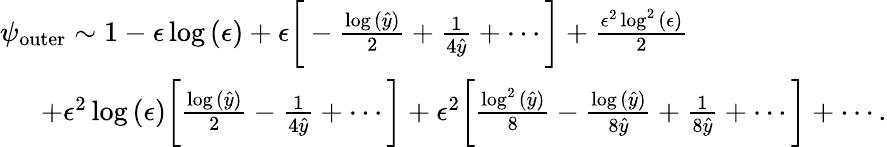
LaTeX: \begin{array}{r}{\psi_{\mathrm{outer}}\sim 1-\epsilon\log{(\epsilon)}+\epsilon\bigg[-\frac{\log{(\hat{y})}}{2}+\frac{1}{4\hat{y}}+\cdots\bigg]+\frac{\epsilon^{2}\log^{2}{(\epsilon)}}{2}\qquad\qquad\qquad\quad}\\ {+\epsilon^{2}\log{(\epsilon)}\bigg[\frac{\log{(\hat{y})}}{2}-\frac{1}{4\hat{y}}+\cdots\bigg]+\epsilon^{2}\bigg[\frac{\log^{2}{(\hat{y})}}{8}-\frac{\log{(\hat{y})}}{8\hat{y}}+\frac{1}{8\hat{y}}+\cdots\bigg]+\cdots.}\end{array}